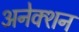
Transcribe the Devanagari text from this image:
अनेक्शन